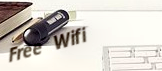
Free Wifi